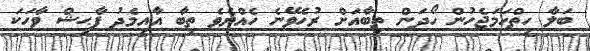
ބަލާ ހިތްހަމަޖެހުން ހޯދަން ތިބާއަށް ރުހެވޭނެ ހެއްޔެވެ ތިބާ އާއިމެދު ފާޙިޝް ވާހަކަ